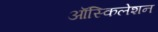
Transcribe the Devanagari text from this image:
ऑस्किलेशन